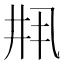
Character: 𫡳